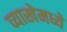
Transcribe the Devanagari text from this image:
व्याखेमध्ये